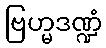
ဗြဟ္မဒဏ္ဍံ